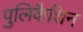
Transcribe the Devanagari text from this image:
पुलिकैशिन